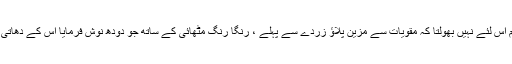
وزیر آباد میں مہمانوں کا خیر مقدم اس لئے نہیں بھولتا کہ مقویات سے مزین پلاؤ زردے سے پہلے ، رنگا رنگ مٹھائی کے ساتھ جو دودھ نوش فرمایا اس کے دھاتی گلاس ارک ارک تک لمبے تھے ۔